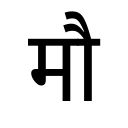
OCR:
मौ